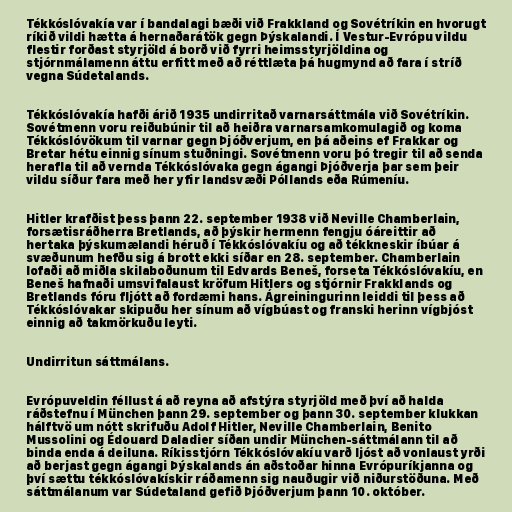
Tékkóslóvakía var í bandalagi bæði við Frakkland og Sovétríkin en hvorugt
ríkið vildi hætta á hernaðarátök gegn Þýskalandi. Í Vestur-Evrópu vildu
flestir forðast styrjöld á borð við fyrri heimsstyrjöldina og
stjórnmálamenn áttu erfitt með að réttlæta þá hugmynd að fara í stríð
vegna Súdetalands.

Tékkóslóvakía hafði árið 1935 undirritað varnarsáttmála við Sovétríkin.
Sovétmenn voru reiðubúnir til að heiðra varnarsamkomulagið og koma
Tékkóslóvökum til varnar gegn Þjóðverjum, en þá aðeins ef Frakkar og
Bretar hétu einnig sínum stuðningi. Sovétmenn voru þó tregir til að senda
herafla til að vernda Tékkóslóvaka gegn ágangi Þjóðverja þar sem þeir
vildu síður fara með her yfir landsvæði Póllands eða Rúmeníu.

Hitler krafðist þess þann 22. september 1938 við Neville Chamberlain,
forsætisráðherra Bretlands, að þýskir hermenn fengju óáreittir að
hertaka þýskumælandi héruð í Tékkóslóvakíu og að tékkneskir íbúar á
svæðunum hefðu sig á brott ekki síðar en 28. september. Chamberlain
lofaði að miðla skilaboðunum til Edvards Beneš, forseta Tékkóslóvakíu, en
Beneš hafnaði umsvifalaust kröfum Hitlers og stjórnir Frakklands og
Bretlands fóru fljótt að fordæmi hans. Ágreiningurinn leiddi til þess að
Tékkóslóvakar skipuðu her sínum að vígbúast og franski herinn vígbjóst
einnig að takmörkuðu leyti.

Undirritun sáttmálans.

Evrópuveldin féllust á að reyna að afstýra styrjöld með því að halda
ráðstefnu í München þann 29. september og þann 30. september klukkan
hálftvö um nótt skrifuðu Adolf Hitler, Neville Chamberlain, Benito
Mussolini og Édouard Daladier síðan undir München-sáttmálann til að
binda enda á deiluna. Ríkisstjórn Tékkóslóvakíu varð ljóst að vonlaust yrði
að berjast gegn ágangi Þýskalands án aðstoðar hinna Evrópuríkjanna og
því sættu tékkóslóvakískir ráðamenn sig nauðugir við niðurstöðuna. Með
sáttmálanum var Súdetaland gefið Þjóðverjum þann 10. október.